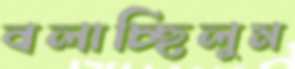
বলাচ্ছিলুম